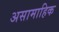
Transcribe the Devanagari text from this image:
असामाहिक